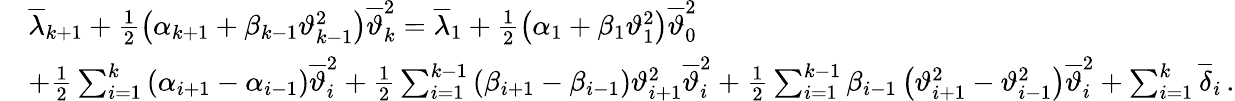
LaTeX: \begin{array}{rl}&{{\overline{{\lambda}}}_{k+1}+\frac{1}{2}\left({\alpha}_{k+1}+{\beta}_{k-1}{\vartheta}_{k-1}^{2}\right){\overline{{\vartheta}}}_{k}^{2}={\overline{{\lambda}}}_{1}+\frac{1}{2}\left({\alpha}_{1}+{\beta}_{1}{\vartheta}_{1}^{2}\right){\overline{{\vartheta}}}_{0}^{2}}\\ &{+\frac{1}{2}\sum_{i=1}^{k}{\left({\alpha}_{i+1}-{\alpha}_{i-1}\right){\overline{{\vartheta}}}_{i}^{2}}+\frac{1}{2}\sum_{i=1}^{k-1}{\left({\beta}_{i+1}-{\beta}_{i-1}\right){\vartheta}_{i+1}^{2}{\overline{{\vartheta}}}_{i}^{2}}+\frac{1}{2}\sum_{i=1}^{k-1}{{\beta}_{i-1}\left({\vartheta}_{i+1}^{2}-{\vartheta}_{i-1}^{2}\right){\overline{{\vartheta}}}_{i}^{2}}+\sum_{i=1}^{k}{{\overline{{\delta}}}_{i}}\, .}\end{array}